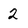
Character: 2